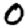
Digit: 0